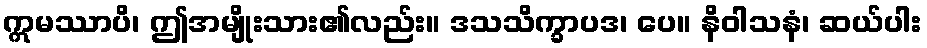
ဣမဿာပိ၊ ဤအမျိုးသား၏လည်း။ ဒသသိက္ခာပဒ၊ ပေ။ နိဝါသနံ၊ ဆယ်ပါး